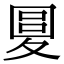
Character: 𡕭